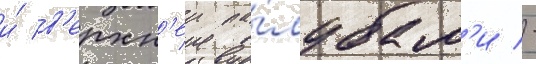
и́ в'ерхн'еи па́лубам'и -